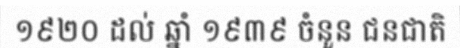
១៩២០ ដល់ ឆ្នាំ ១៩៣៩ ចំនួន ជនជាតិ